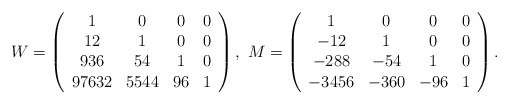
\begin{align*}W=\left(\begin{array}{cccc} 1 & 0 & 0 & 0 \\ 12 & 1 & 0 & 0 \\ 936 & 54 & 1 & 0 \\ 97632 & 5544 & 96 & 1 \\\end{array}\right),\ M=\left(\begin{array}{cccc} 1 & 0 & 0 & 0 \\ -12 & 1 & 0 & 0 \\ -288 & -54 & 1 & 0 \\ -3456 & -360 & -96 & 1 \\\end{array}\right).\end{align*}